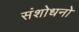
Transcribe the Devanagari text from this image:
संशोधनो